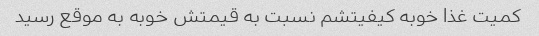
کمیت غذا خوبه کیفیتشم نسبت به قیمتش خوبه به موقع رسید